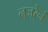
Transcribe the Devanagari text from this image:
नजरेनं